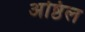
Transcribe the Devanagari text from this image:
अष्ठिल